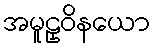
အမူဠှဝိနယော